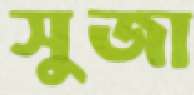
সুজা